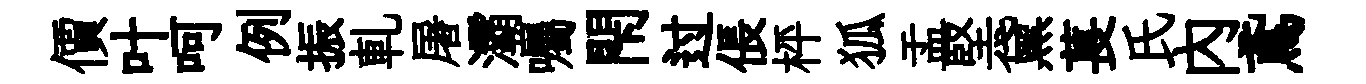
價叶呵例振軋屠灞囑閇过倀枰狐盂堅黛萇氏內鳶